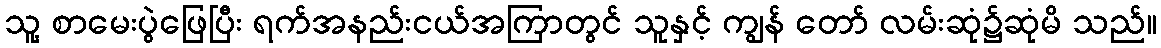
သူ့ စာမေးပွဲဖြေပြီး ရက်အနည်းငယ်အကြာတွင် သူနှင့် ကျွန် တော် လမ်းဆုံ၌ဆုံမိ သည်။